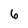
Character: 6